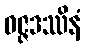
ဝဇ္ဇဒဿိနံ